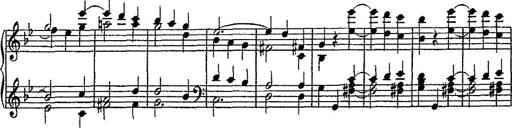
Title: Scherzo
Composer: Rogelio Villar
Key: D minor